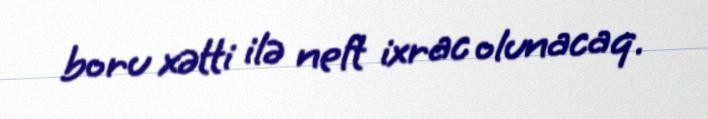
boru xətti ilə neft ixrac olunacaq.